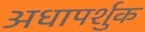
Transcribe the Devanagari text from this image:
अधापर्शुक